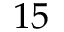
1 5